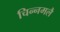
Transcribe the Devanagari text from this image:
चिन्नमलै